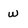
Character: w